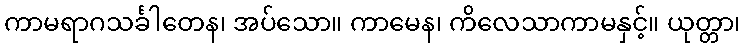
ကာမရာဂသင်္ခါတေန၊ အပ်သော။ ကာမေန၊ ကိလေသာကာမနှင့်။ ယုတ္တာ၊